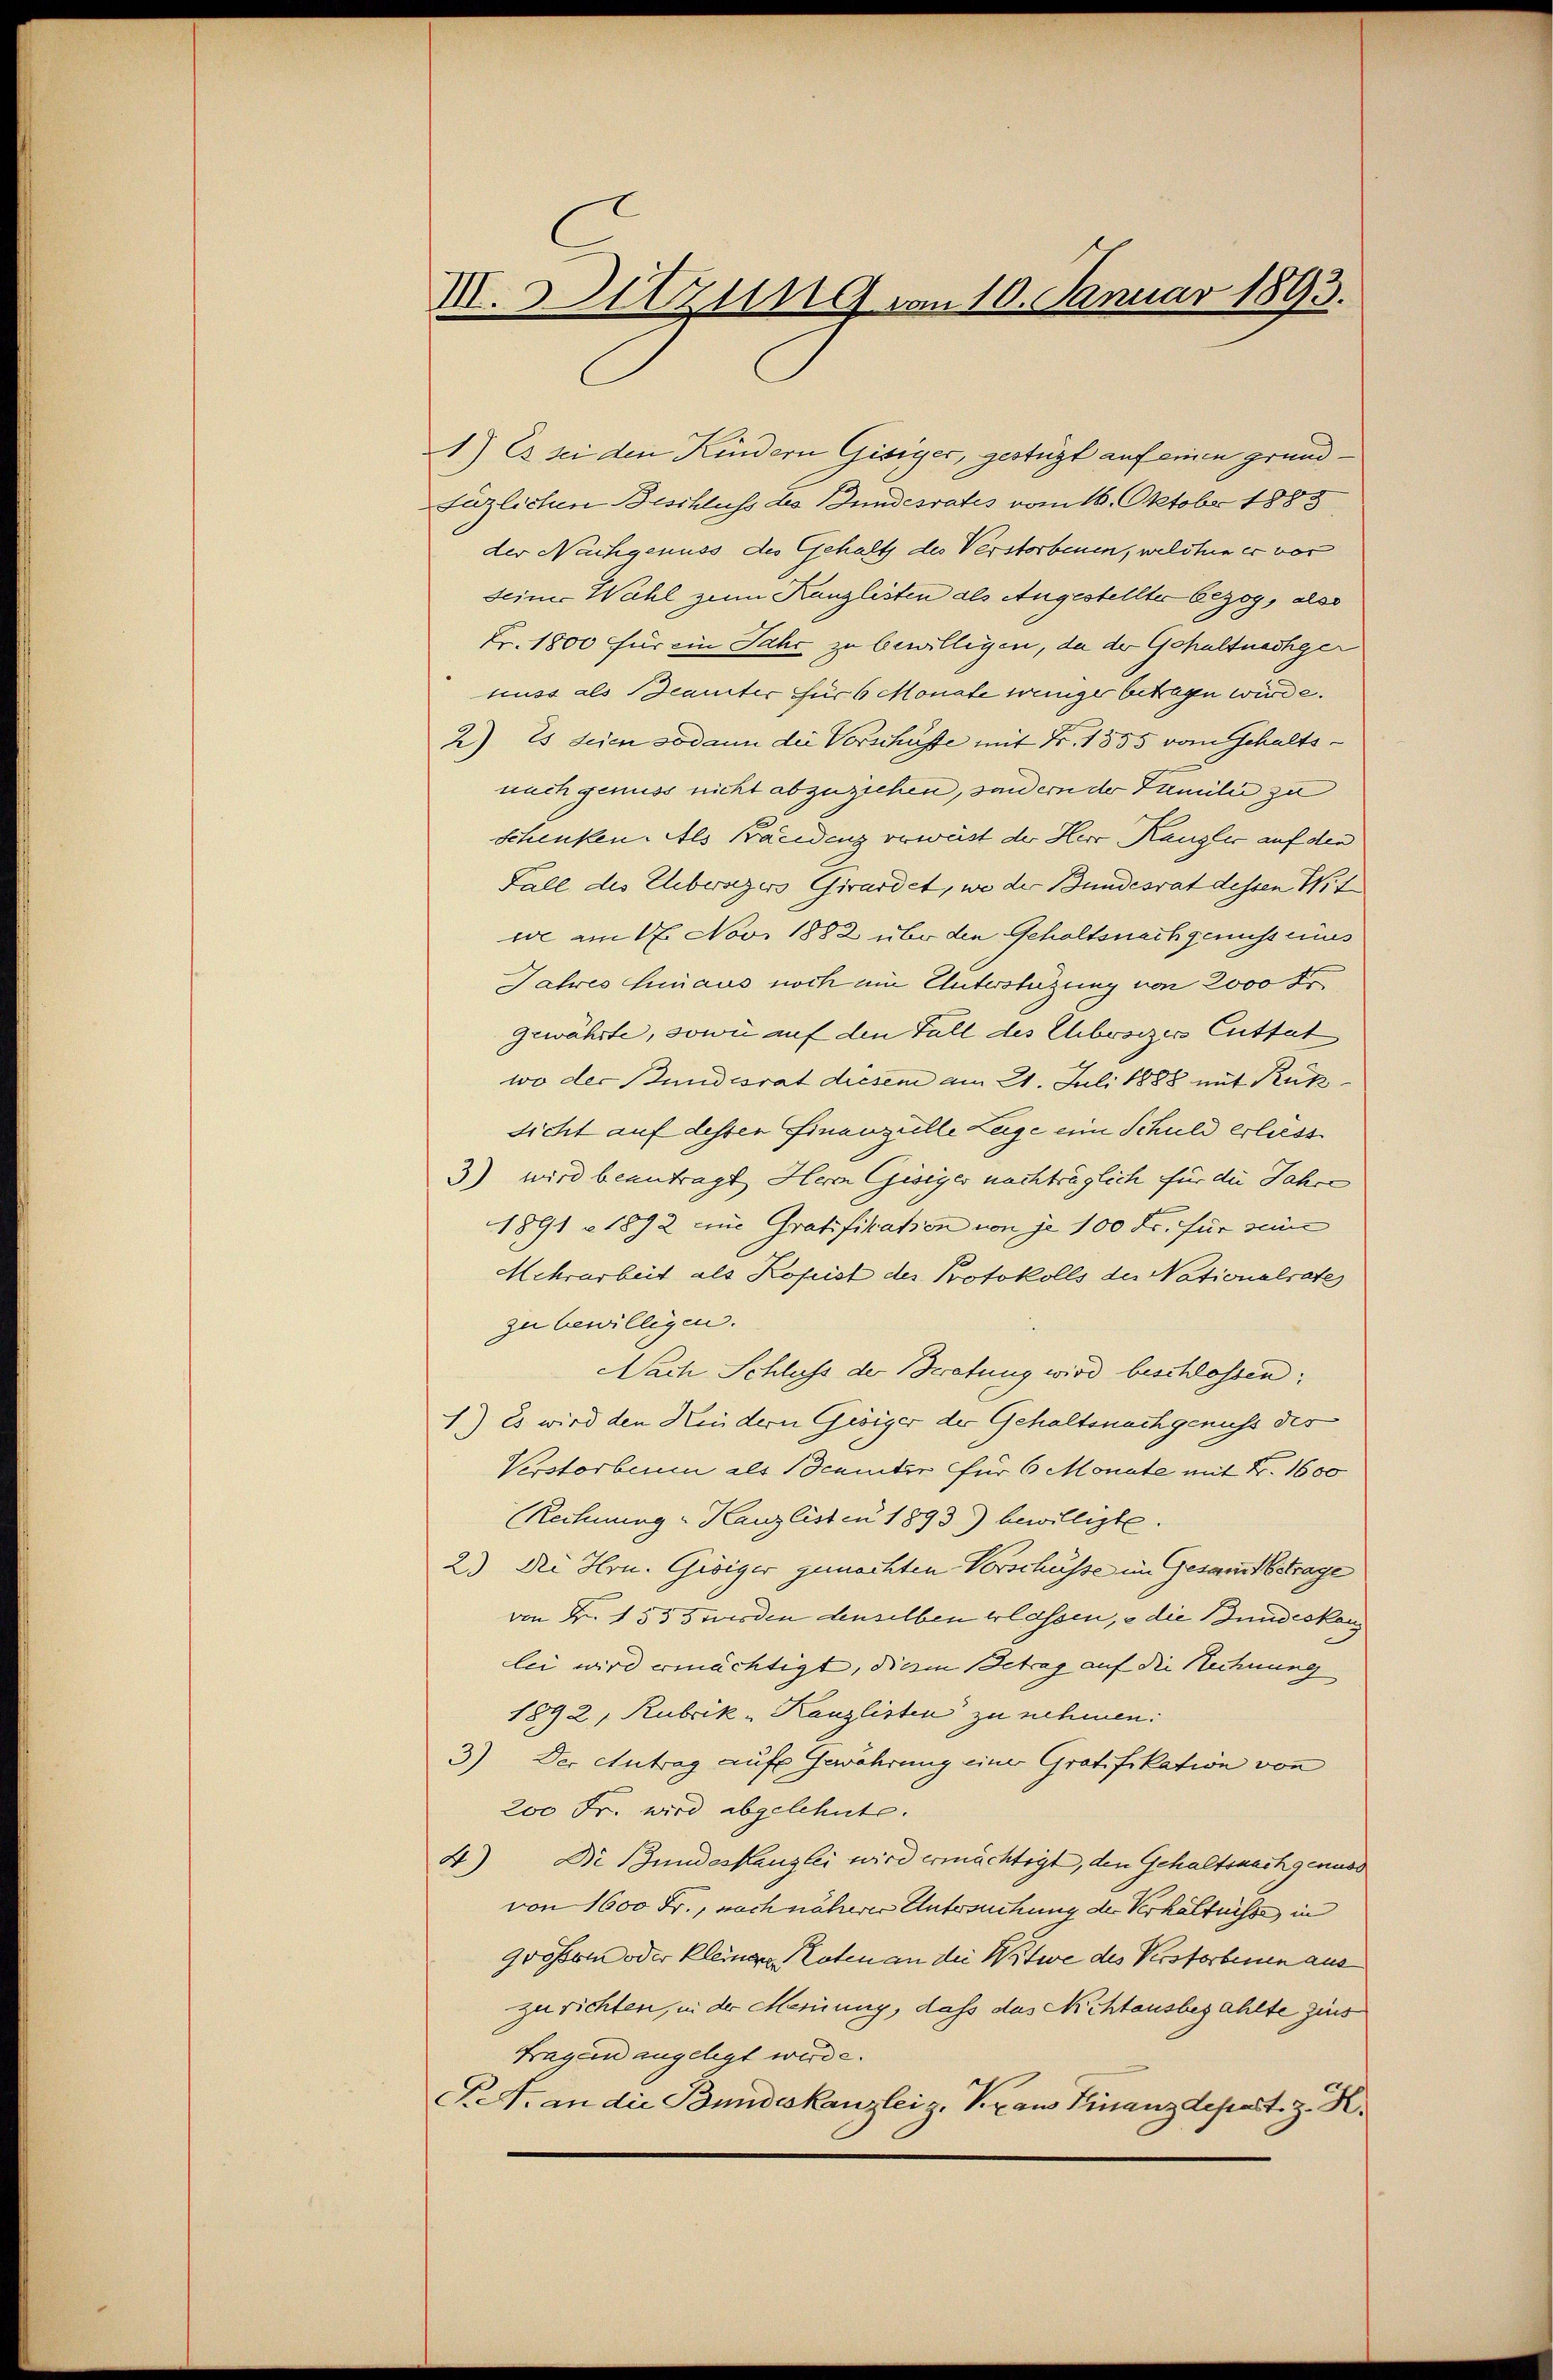
VII. Sitzung vom 10. Januar 1893.

1) Es sei den Kindern Gisiger, gestügt auf einen grund¬
Füzlichen Beschluss des Bundesrates vom 16. Oktobr. 1888
der Nachgenuss des Gehalt des Verstorbenen, welchen er ver
seiner Wahl zum Kanzlisten als Angestellter bezog, also
Fr. 1800 für ein Jahr zu bewilligen, da der Gehaltnachger
nuss als Beamter für 6 Monate weniger betragen würde.
2) Es seien sodann die Vorschüsse mit Fr. 1855 vom Gehaltsnach genuss nicht abzuziehen, sondern der Familie zu
schenken. Als Bandenz verweist der Herr Kanzler auf den
Fall des Uebersegers Girardet, wo der Bundesrat dessen Wit
wie am 16. Novi 1882 über den Gehaltsnachgenuss eines
Jahres hinaus noch ein Unterstüzung von 2000 Fr
gewährte, sowie auf den Fall des Chbesizer Cuttat
wo der Bundesrat diesem am 21. Juli 1888 mit Rüksicht auf dessen Finanzielle Lage eine Schuld erliess
3) wird beantragt, Herr Gisiger nachträglich für die Jahre
1891 - 1892 die Gratifikation von je 100 Fr. für seine
Mehrarbeit als Kopist des Protokolls der Nationalrate
zu bewilligen.
Nach Schluss der Beratung wird beschlossen:
1.) Es wird den Kindern Geiger der Gehaltsnachgenuss des
Verstorbein als Beamter für 6 Monate mit Fr. 1600
Rechnung " Kanzlisten 1893) bewilligte.
2.) Die Hrn. Gröiger gemachten Vorschüsse im Gesamt betrage
von Fr. 1535 wieden denselben erlassen, – die Bundeskanz
lei wird ermächtigt, diesen Betrag auf die Rechnung
1892, Rubrik „Kanzlisten zu nehmen:
3) Der Antrag auf Gewährung einer Gratifikation von
200 Fr. wird abgelehnte.
4) Die Bundeskanzlei wird ermächtigt, den Gehaltsnachgerade
von 1600 Fr., nach näherer Untersuchung der Verhältnisse in
900fr oder Kleinger Noten an die Witwe des Verstorbenen aus
zurichten, in der Meinung, daß das Nichtausbezahlte Zins
Fragen angelegt werde.
K.A. an die Bundeskanzlei z. Kraus Finanzdepart. z. K.